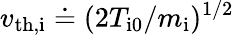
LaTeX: v_{\mathrm{th,i}}\doteq(2T_{\mathrm{i0}}/m_{\mathrm{i}})^{1/2}